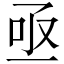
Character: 亟